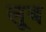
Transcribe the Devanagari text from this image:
लूब